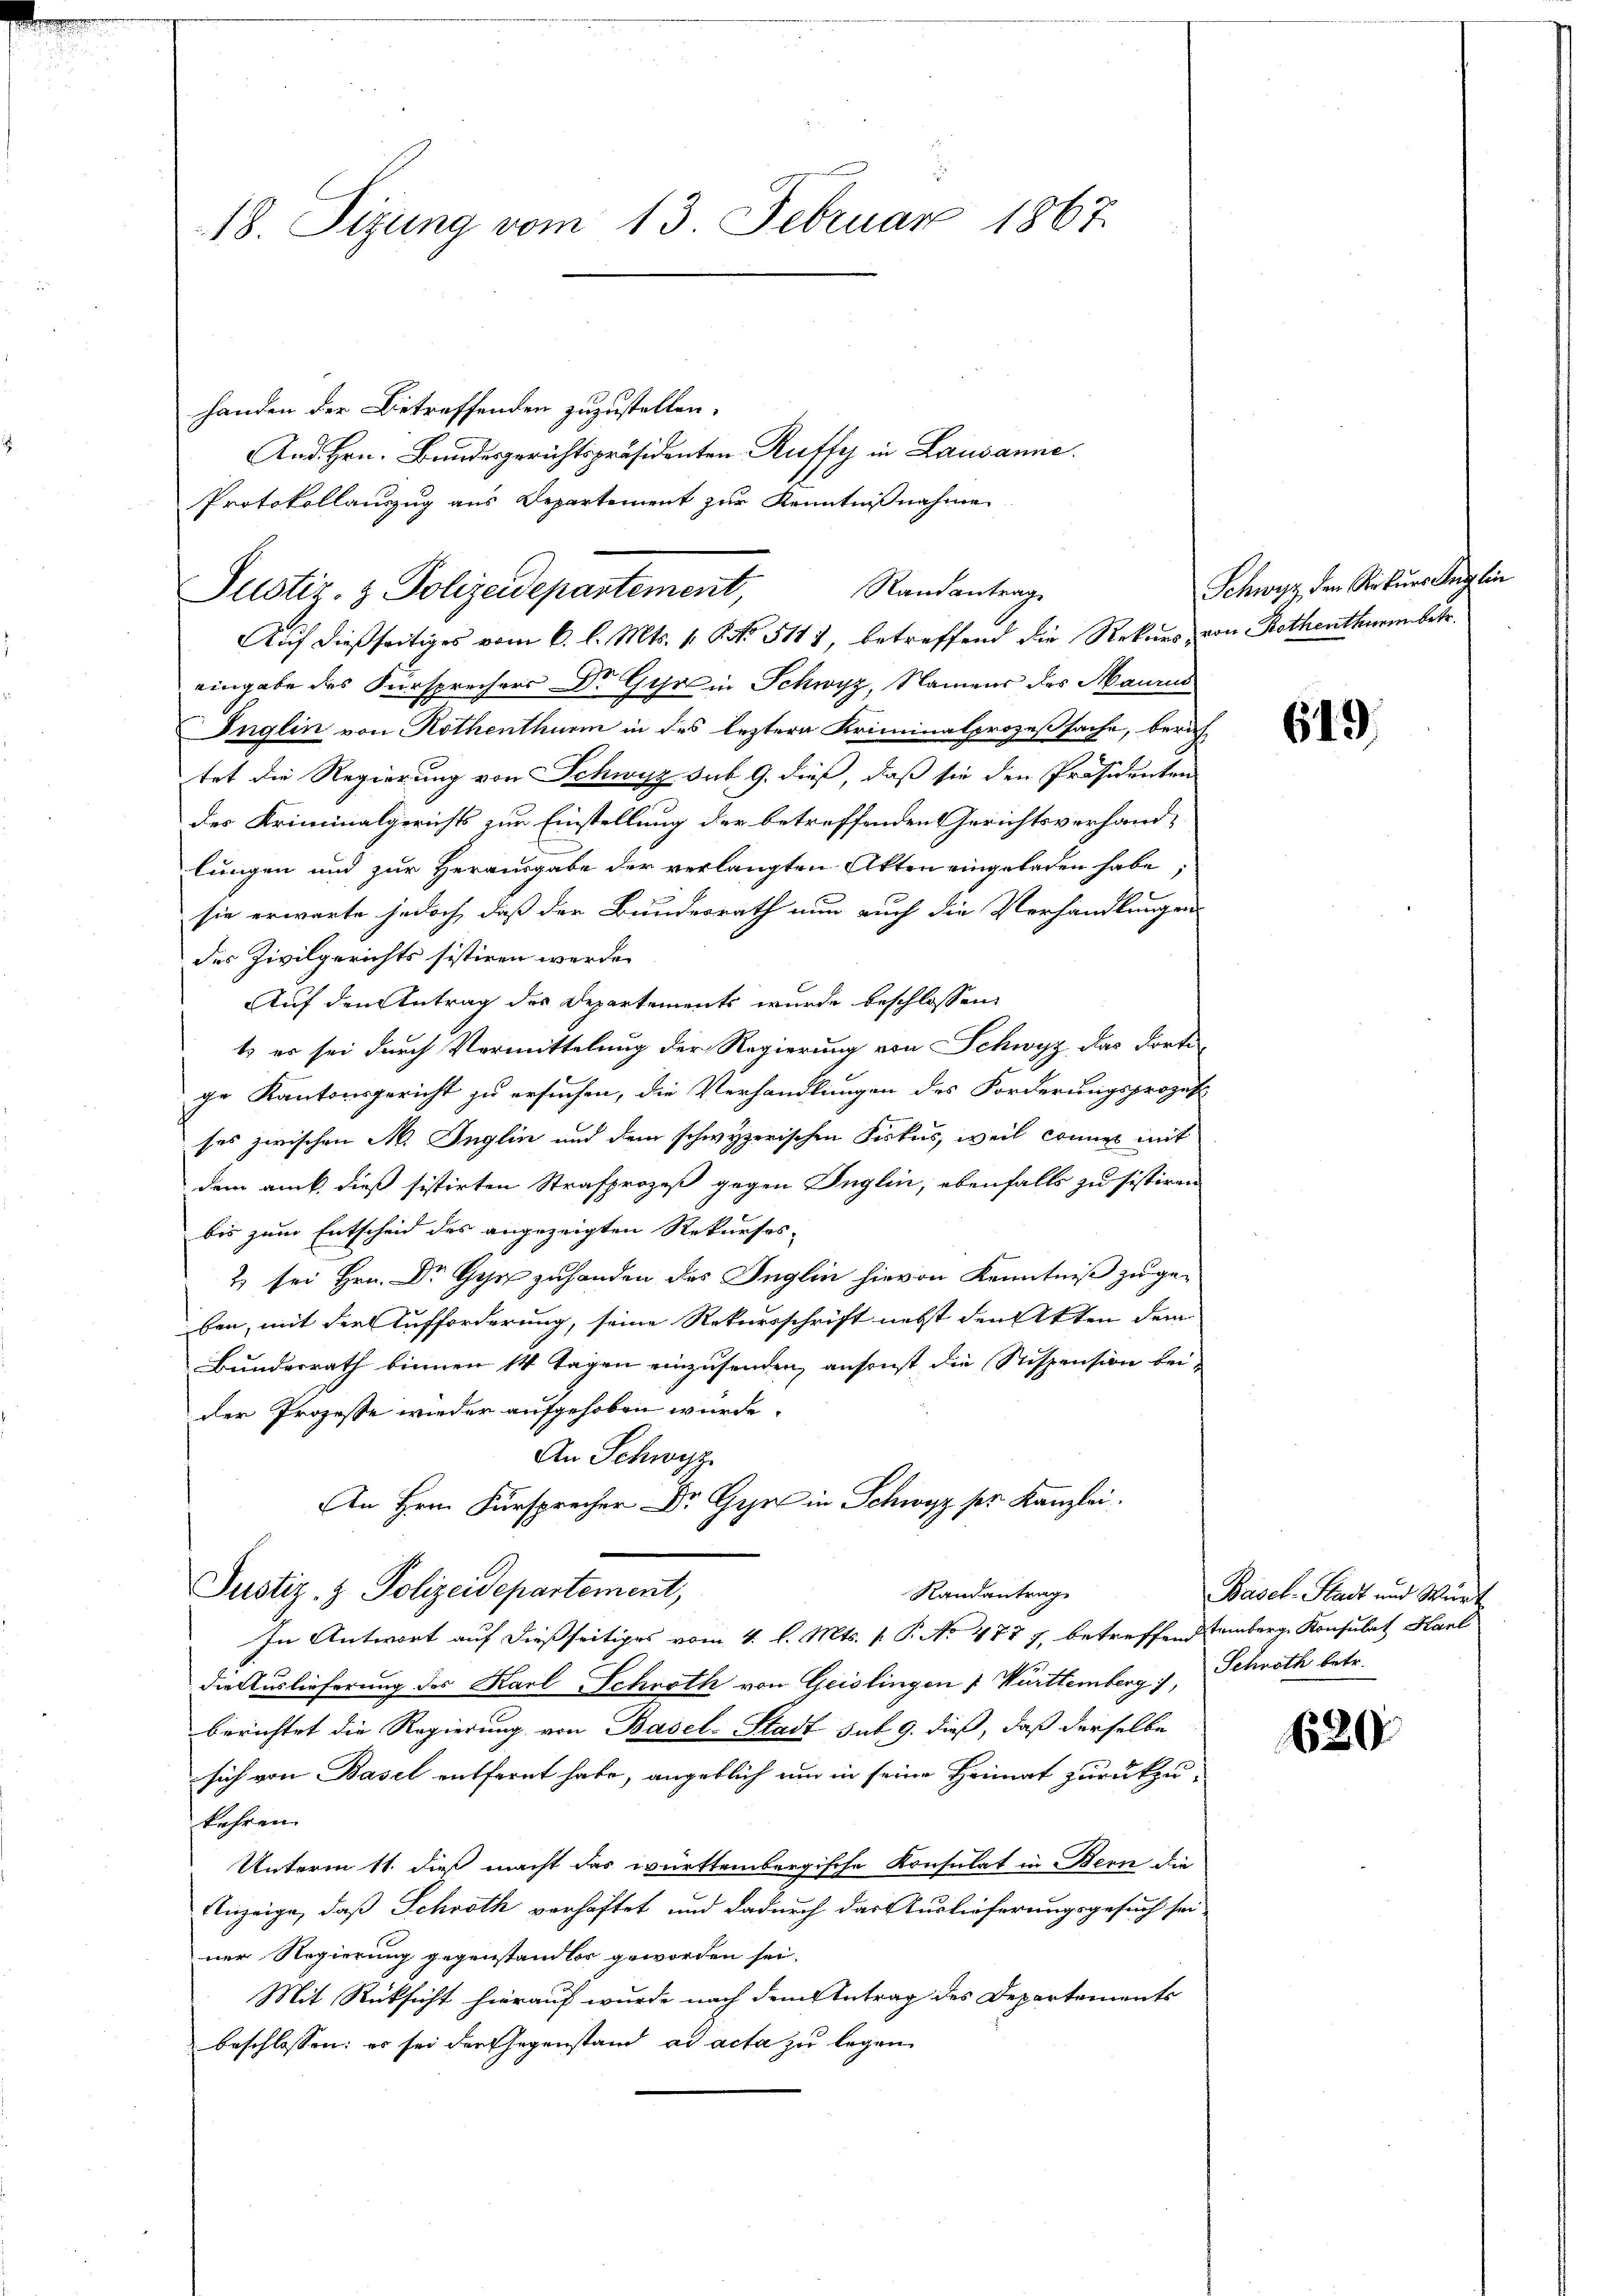
18. Sizung vom 13. Februar 1867.

Auf dießseitiges vom 6. l. Mts. 1. No. 5111, betreffend die Rekurs, von Rothenthurn betr.
eingabe des Fürsprechers Dr. Gyr in Schwyz, Namens des Maurus
Inglin von Rothenthurm in des leztere Kriminalprozeßsache, berich-
tet die Regierung von Schwyz sub 9. dieß, daß sie den Präsidenten
des Kriminalgerichts zur Einstellung der betreffenden Gerichtsverhand-
lungen und zur Herausgabe der verlangten Akten eingeladen habe.
sie erwarte jedoch, daß der Bundesrath nun auch die Verhandlungen
des Zivilgerichts sistiren werde.
Auf den Antrag des Departements wurde beschlossen,
t es sei durch Vermittelung der Regierung von Schwyz das dorti
ge Kantonsgericht zu ersuchen, die Verhandlungen des Forderungsprozes
ses zwischen M. Inglin und dem schwyzerischen Firkes, weil connen mit
dem ank, dieß sistirten Strafprozeß gegen Inglin, ebenfalls zu sistiren
bis zum Entscheid des angezeigten Rekurses-
2 sei Hrn. Dr Gyr zuhanden des Inglin hievon Kenntniß zu gehen, mit der Aufforderung, seine Rekursschrift nebst den Akten dem
Bundesrath binnen 14 Tagen einzusenden, ansonst die Stispension beider Prozesse wieder aufgehoben würde.
An Schwyz
An Hrn. Fürsprech Dr G. in Schwyzer Kanzlei.
Justiz- & Polizeidepartement,
Randantrag
In Antwort auf dießseitiges vom 4. l. Mts. s P. No 477 7, betreffend temberg Konsulat Karl
die Auslieferung des Karl Schroth von Geislingen & Württemberg), Schroth betr.
berichtet die Regierung von Basel-Stadt sub. 9. dieß, daß derselbe
sich von Basel entfernt habe, angeblich um in seine Heimat zurückzu
kehren.
Unterm 11. dieß macht das württembergische Konsulat in Bern die
Anzeige, daß Schroth verhaftet und dadurch das Auslieferungsgesuch sei-
ner Regierung gegenstandlos geworden sei.
Mit Rücksicht hierauf wurde nach dem Antrag des Departements
beschlossen: es sei der Gegenstand ad acta zu legen

handen der Betreffenden zuzustellen.
And. Hrn. Bundesgerichtspräsidenten Ruffy in Lausanne.
Protokollauszug aus Departement zur Kenntnißnahme
Randantrag
Justiz- & Polizeidepartement,

Schwyz den Rekŭrs Anglin

619)

Basel-Stadt und Würt

620